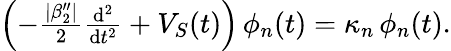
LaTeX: \begin{array}{r}{\left(-\frac{|\beta_{2}^{\prime\prime}|}{2}\frac{\mathrm{{d}}^{2}}{\mathrm{{d}}t^{2}}+V_{S}(t)\right)\, \phi_{n}(t)=\kappa_{n}\, \phi_{n}(t).}\end{array}